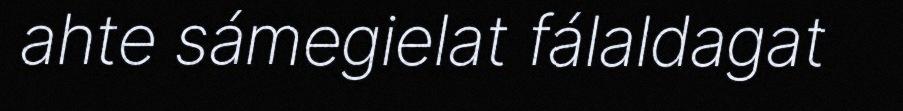
ahte sámegielat fálaldagat